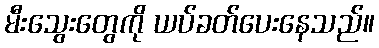
မီးသွေးတွေကို ယပ်ခတ်ပေးနေသည်။